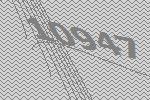
10947